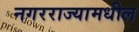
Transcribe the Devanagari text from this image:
नगरराज्यामधील